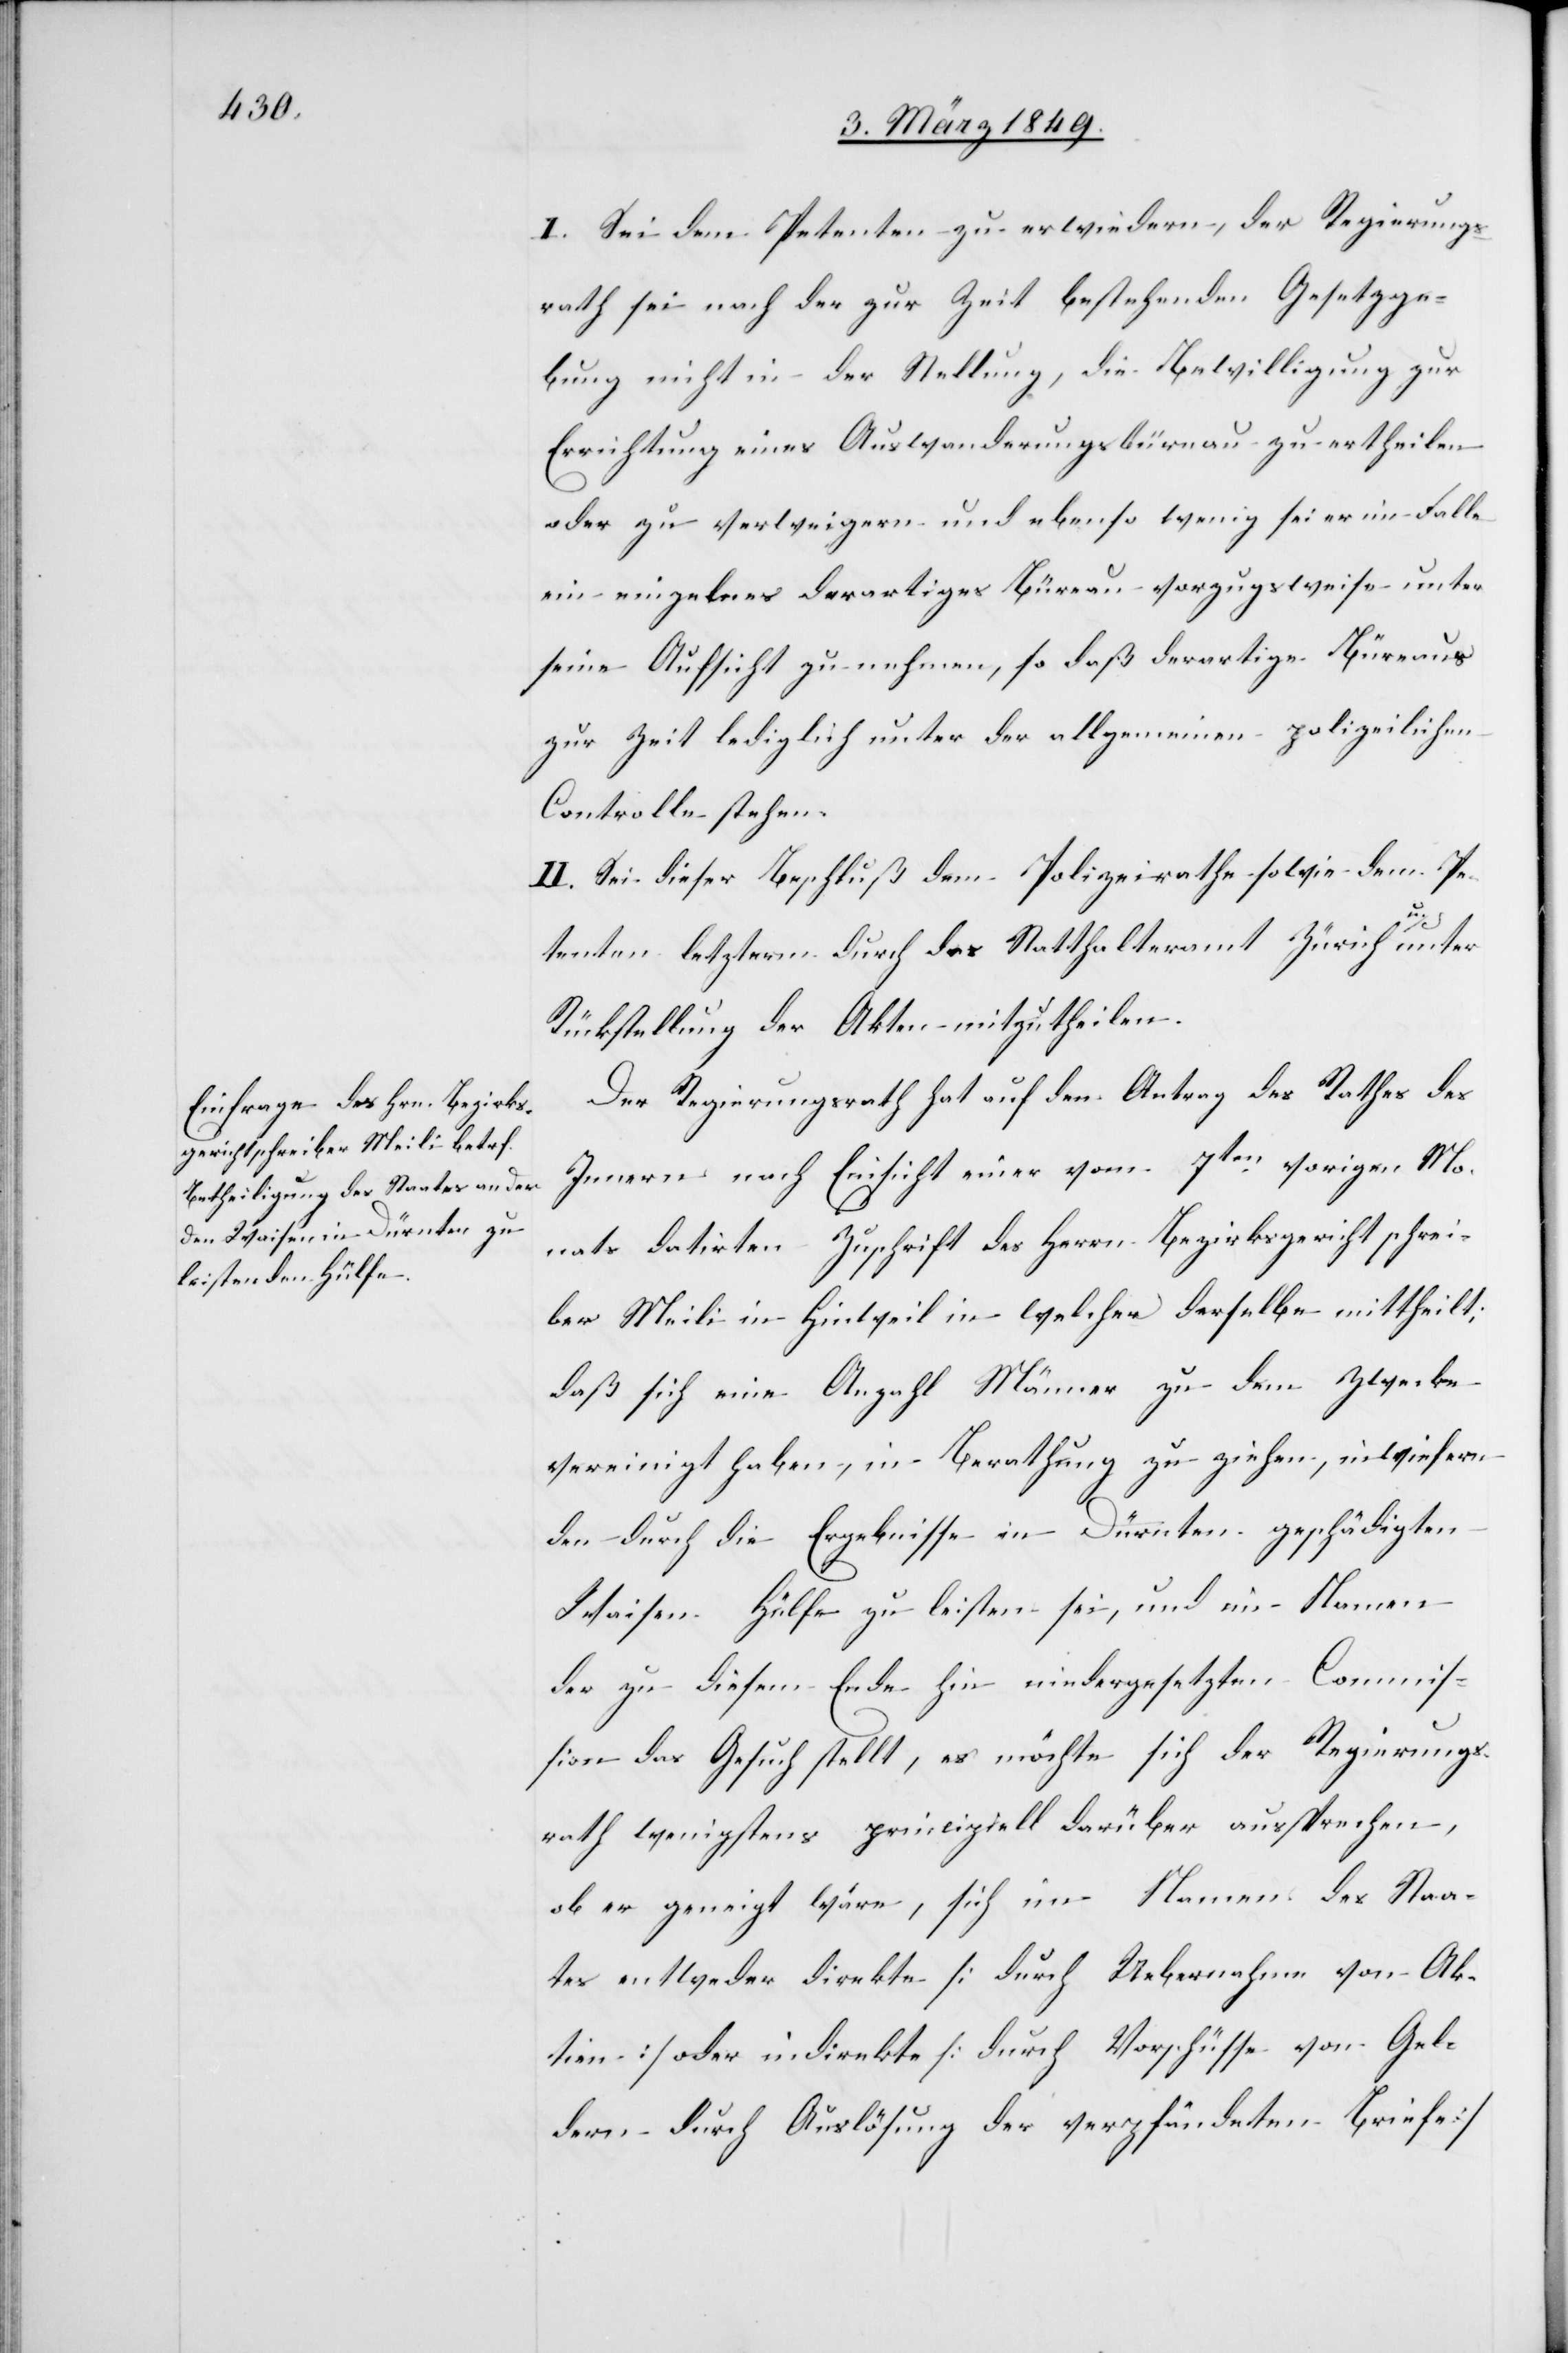
I. Sei dem Petenten zu erwiedern, der Regierungs¬
rath sei nach der zur Zeit bestehenden Gesetzge¬
bung nicht in der Stellung, die Bewilligung zur
Errichtung eines Auswanderungsbüreau zu ertheilen
oder zu verweigern und ebenso wenig sei er im Falle
ein einzelnes derartiges Büreau vorzugsweise unter
seine Aufsicht zu nehmen, so daß derartige Büreaus
zur Zeit lediglich unter der allgemeinen polizeilichen
Controlle stehen.
II. Sei dieser Beschluß dem Polizeirathe sowie dem Pe¬
tenten letzterm durch das Statthalteramt Zürich u. unter
Rückstellung der Akten mitzutheilen.
Der Regierungsrath hat auf den Antrag des Rathes des
Innern nach Einsicht einer vom 7ten. vorigen Mo¬
nats datirten Zuschrift des Herrn Bezirksgerichtschrei¬
ber Meili in Hinweil in welcher derselbe mittheilt;
daß sich eine Anzahl Männer zu dem Zwecke
vereinigt haben, in Berathung zu ziehen, inwiefern
den durch die Ergebnisse in Dürnten geschädigten
Waisen Hülfe zu leisten sei, und im Namen
der zu diesem Ende hin niedergesetzten Commis¬
sion das Gesuch stellt, es möchte sich der Regierungs¬
rath wenigstens principiell darüber aussprechen,
ob er geneigt wäre, sich im Namen des Staa¬
tes entweder direkte [durch Uebernahme von Ak¬
tien] oder indirekte [durch Vorschüsse von Gel¬
dern durch Auslösung der verpfändeten Briefe]